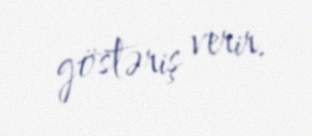
göstəriş verir.